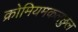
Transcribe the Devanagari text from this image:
क्रोमियमकलछुल